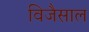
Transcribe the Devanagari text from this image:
विजैसाल